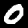
Label: 0